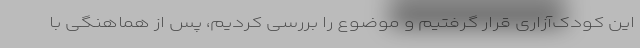
این کودک‌آزاری قرار گرفتیم و موضوع را بررسی کردیم، پس از هماهنگی با